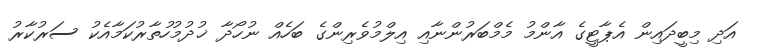
އަދި މިބީދައިން އެޕާޓީގެ އާންމު މެމްބަރުންނާއި އިލްމުވެރިންގެ ބަހެއް ނުހޯދާ ޚުދުމުހުތާރުކަމާއެކު ސަރުކާރު